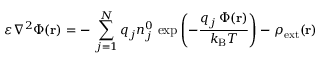
\varepsilon \nabla ^ { 2 } \Phi ( \mathbf { r } ) = - \, \sum _ { j = 1 } ^ { N } q _ { j } n _ { j } ^ { 0 } \, \exp \left( - { \frac { q _ { j } \, \Phi ( \mathbf { r } ) } { k _ { \mathrm { { B } } } T } } \right) - \rho _ { \mathrm { { e x t } } } ( \mathbf { r } )